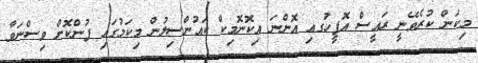
މިކަން ކުރެވޭނީ ރައީސް އޮފީހުަގއި އޮންނަ އިކޮނޮމިކް ކައުންސިލުން މިކަމުގައި ފުންކޮށް ވިސްނަވާ